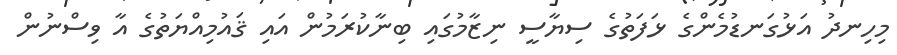
މިހިނދު އަޅުގަނޑުމެންގެ ޅަފަތުގެ ސިޔާސީ ނިޒާމުގައި ބިނާކުރަމުން އައި ޤައުމިއްޔަތުގެ އާ ވިސްނުން